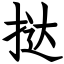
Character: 挞